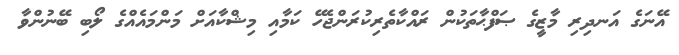
އޭނަގެ އަނދިރި މާޒީގެ ޞަފްޙާތަކުން ރައްކާތެރިކުރަންޖެހޭ ކަމާއި މިޝްކާއަށް މަންމައެއްގެ ލޯބި ބޭނުންވާ